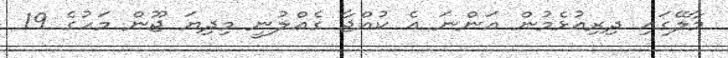
މާލޭގައި ދިރިއުޅެމުން އަންނަ އެ ކުއްޖާ ގެއްލުނީ މިދިޔަ ޖޫން މަހުގެ 19